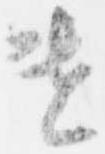
遣